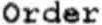
ORDER